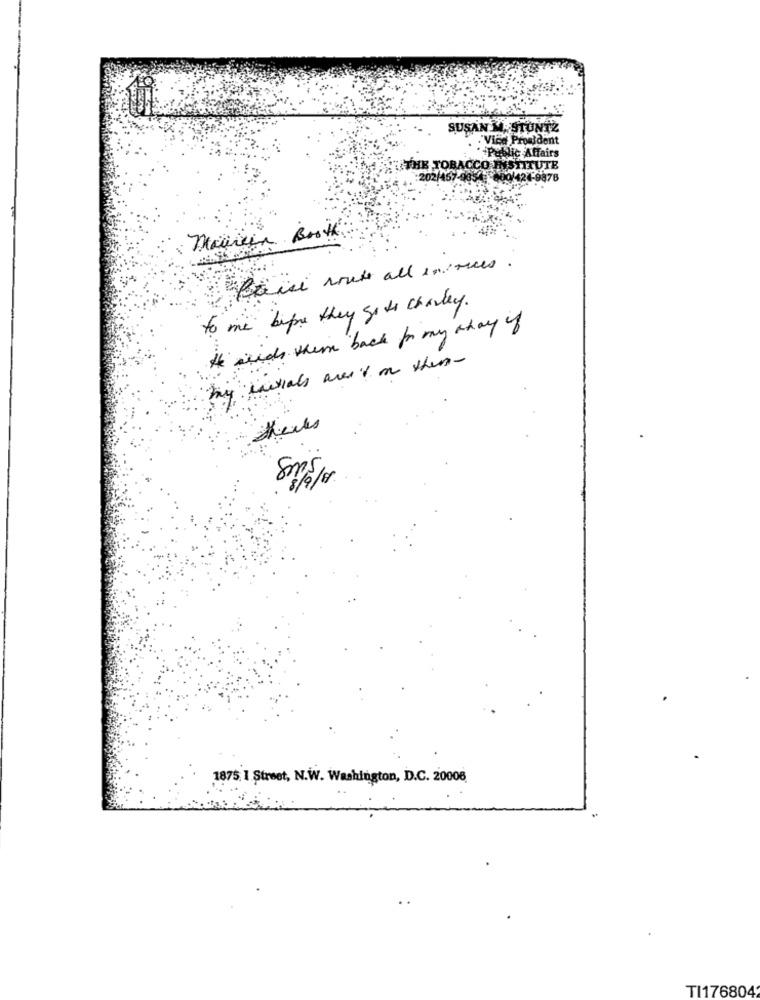
SUSAN M. STUNTZ
"Vicd Proaident
. - Public Affairs
THE TOBACCO F
UTE
Maureen Booth
Pause route all invores
to me before they go to charley.
acids whim back for my khay of
initials aren't in them-
1875. 1 Street, N.W. Washington, D.C. 20006
TI176804